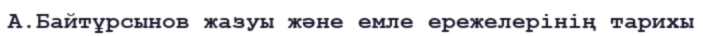
А.Байтұрсынов жазуы және емле ережелерінің тарихы